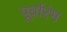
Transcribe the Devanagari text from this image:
पूर्वारंभ